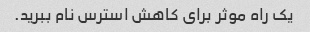
یک راه موثر برای کاهش استرس نام ببرید.